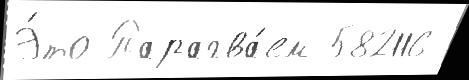
Э́то Парагва́ем 582116